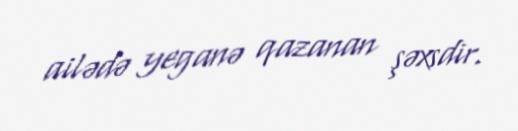
ailədə yeganə qazanan şəxsdir.